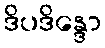
ဒိပဒိန္ဒော